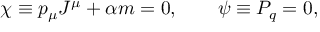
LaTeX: \chi \equiv p _ { \mu } J ^ { \mu } + \alpha m = 0 , \qquad \psi \equiv P _ { q } = 0 ,